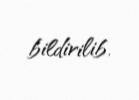
bildirilib.